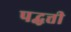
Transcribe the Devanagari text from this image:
पद्धत्ती